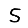
Digit: 5